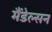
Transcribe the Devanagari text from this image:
मैंडेल्सन